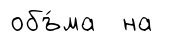
объ́ма на